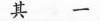
其一